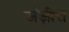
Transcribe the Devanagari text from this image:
जंज़ीरा